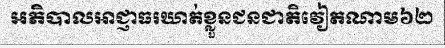
អភិបាលអាជ្ញាធរឃាត់ខ្លួនជនជាតិវៀតណាម៦២